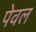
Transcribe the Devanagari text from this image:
पेवल